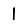
Digit: 1